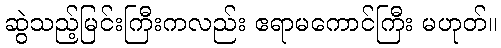
ဆွဲသည့်မြင်းကြီးကလည်း ဧရာမကောင်ကြီး မဟုတ်။